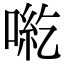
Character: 𠶹